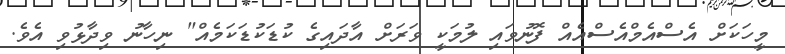
މީހަކަށް އެސްއެމްއެސްއެއް ފޮނުވައި ލުމަކީ ވަރަށް އާދައިގެ ކުޑަކުޑަކަމެއް" ނިހާނު ވިދާޅުވި އެވެ.